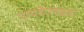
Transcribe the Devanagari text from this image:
परमवीरचक्रहा